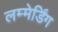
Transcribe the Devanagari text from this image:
लम्मेर्डिंग